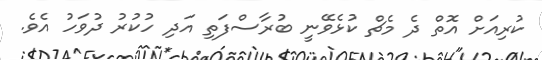
ކުރިއަށް އޮތް ދެ މެޗް ކުޅެވޭނީ ބުރާސްފަތި އަދި ހުކުރު ދުވަހު އެވެ.